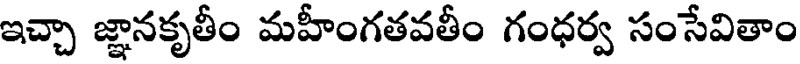
ఇచ్చా జ్ఞానకృతీం మహీంగతవతీం గంధర్వ సంసేవితాం